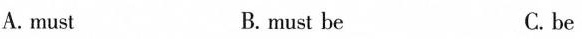
A.must B.must be C.be